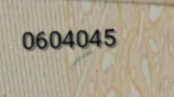
0604045